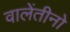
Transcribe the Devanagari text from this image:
वालेंतीनो